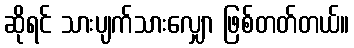
ဆိုရင် သားပျက်သားလျှော ဖြစ်တတ်တယ်။